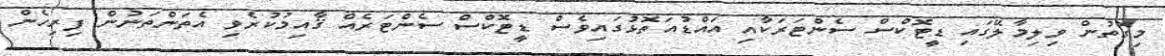
މިގޮތުން ވިލިމާލޭގައި ޑީޓޮކްސް ސެންޓަރަކާއި އައްޑުއަތޮޅުގައިވެސް ޑީޓޮކްސް ސެންޓަރެއް ޤާއިމުކުރެވި އެތަންތަނުން ފިރިހެން